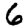
Digit: 6